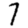
Digit: 7